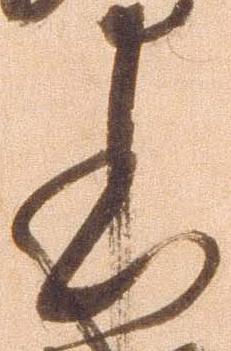
本